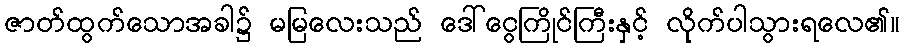
ဇာတ်ထွက်သောအခါ၌ မမြလေးသည် ဒေါ်ငွေကြိုင်ကြီးနှင့် လိုက်ပါသွားရလေ၏။